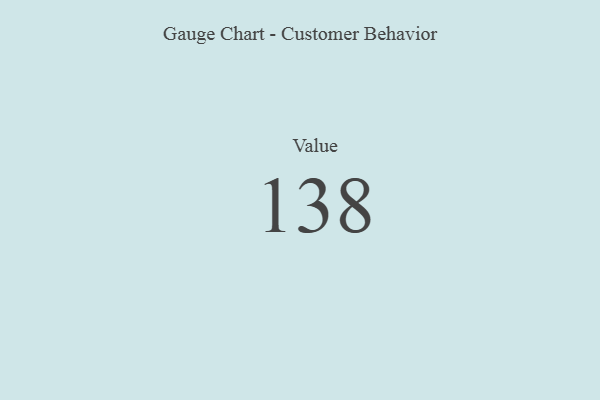
{"axis": {"x": "Metric", "y": "Value"}, "legend": [""], "data": [{"x": "Value", "y": 138, "type": ""}]}